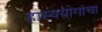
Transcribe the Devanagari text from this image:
हास्ययोगाचा